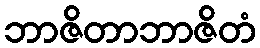
ဘာဇိတာဘာဇိတံ